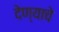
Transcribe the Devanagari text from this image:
देण्‍याचे